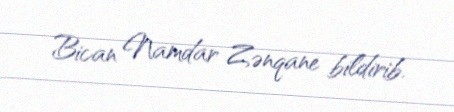
Bican Namdar Zənqane bildirib.